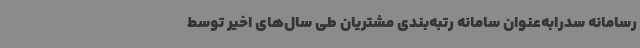
رسامانه سدرابه‌عنوان سامانه رتبه‌بندی مشتریان طی سال‌های اخیر توسط